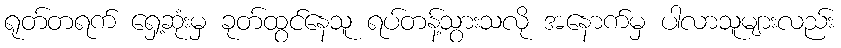
ရုတ်တရက် ရှေ့ဆုံးမှ ခုတ်ထွင်နေသူ ရပ်တန့်သွားသလို အနောက်မှ ပါလာသူများလည်း